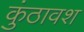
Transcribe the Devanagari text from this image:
कुंठावश